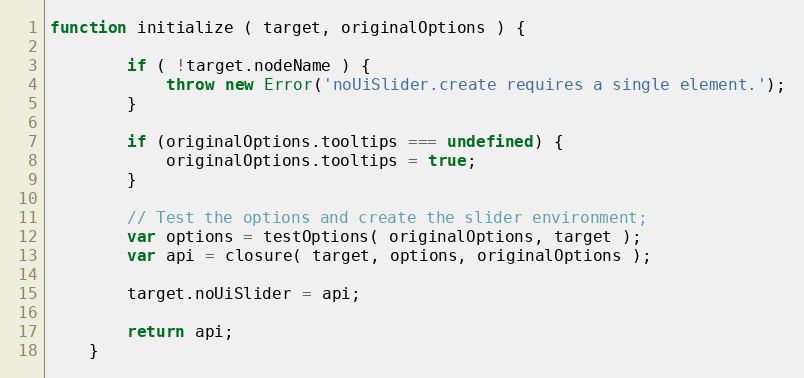
Language: JavaScript
function initialize ( target, originalOptions ) {

        if ( !target.nodeName ) {
            throw new Error('noUiSlider.create requires a single element.');
        }

        if (originalOptions.tooltips === undefined) {
            originalOptions.tooltips = true;
        }

        // Test the options and create the slider environment;
        var options = testOptions( originalOptions, target );
        var api = closure( target, options, originalOptions );

        target.noUiSlider = api;

        return api;
    }